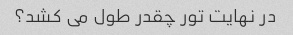
در نهایت تور چقدر طول می کشد؟